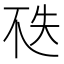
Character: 𠀶